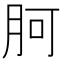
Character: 胢